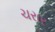
ચરાર